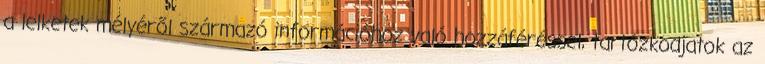
a lelketek mélyéről származó információhoz való hozzáféréssel, tartózkodjatok az